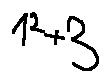
1 ^ { 2 } + 3